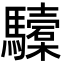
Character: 驝